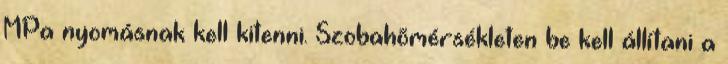
MPa nyomásnak kell kitenni. Szobahõmérsékleten be kell állítani a